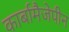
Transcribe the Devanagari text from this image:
कार्बामैजेपीन